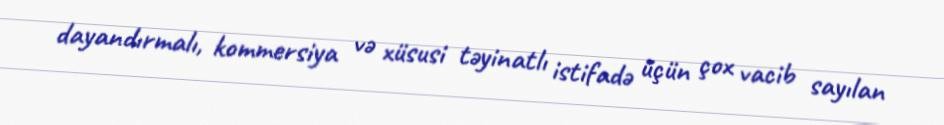
dayandırmalı, kommersiya və xüsusi təyinatlı istifadə üçün çox vacib sayılan